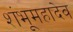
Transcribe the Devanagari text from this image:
शंभूमहादेव